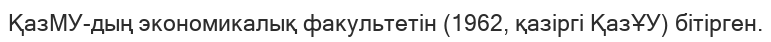
ҚазМУ-дың экономикалық факультетін (1962, қазіргі ҚазҰУ) бітірген.